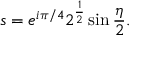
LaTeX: s = e ^ { i \pi / 4 } 2 ^ { \frac { 1 } { 2 } } \sin { \frac { \eta } { 2 } } .